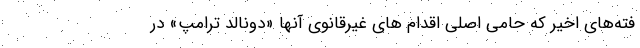
فته‌های اخیر که حامی اصلی اقدام های غیرقانوی آنها «دونالد ترامپ» در